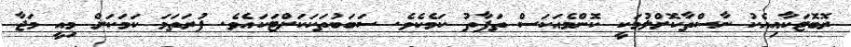
ރޮބޮޓަކާއިއެކު ނާސްތާކޮށްލުމަކީ ކޮންމެއަކަސް ތަފާތު ކަމެކެވެ. ސަބަބުތަކަކަށްޓަކައެވެ. ފުރަތަމަ ކަމަކަށް މިއީ މަޖާ